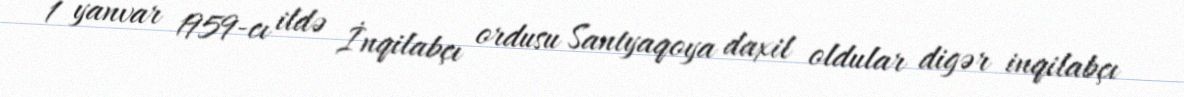
1 yanvar 1959-cı ildə İnqilabçı ordusu Santyaqoya daxil oldular digər inqilabçı